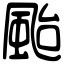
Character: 颱